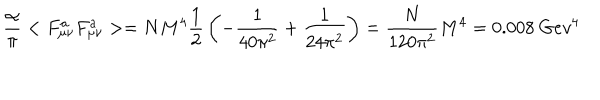
LaTeX: { \frac { \alpha } { \pi } } < F _ { \mu \nu } ^ { a } F _ { \mu \nu } ^ { a } > = N M ^ { 4 } { \frac { 1 } { 2 } } \left( - { \frac { 1 } { 4 0 \pi ^ { 2 } } } + { \frac { 1 } { 2 4 \pi ^ { 2 } } } \right) = { \frac { N } { 1 2 0 \pi ^ { 2 } } } M ^ { 4 } = 0 . 0 0 8 ~ G e v ^ { 4 }